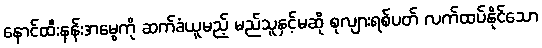
နောင်ထီးနန်းအမွေကို ဆက်ခံယူမည့် မည်သူနှင့်မဆို စုလျားရစ်ပတ် လက်ထပ်နိုင်သော